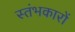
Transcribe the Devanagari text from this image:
स्‍तंभकारों